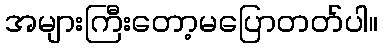
အများကြီးတော့မပြောတတ်ပါ။